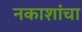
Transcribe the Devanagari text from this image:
नकाशांचा